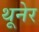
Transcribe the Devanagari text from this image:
थूनेर